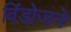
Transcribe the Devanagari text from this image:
विंडोजने